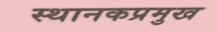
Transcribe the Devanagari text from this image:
स्थानकप्रमुख